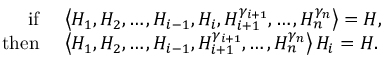
\begin{array} { r l } { \mathrm { i f ~ } } & { \left\langle H _ { 1 } , H _ { 2 } , \ldots , H _ { i - 1 } , H _ { i } , H _ { i + 1 } ^ { \gamma _ { i + 1 } } , \ldots , H _ { n } ^ { \gamma _ { n } } \right\rangle = H , } \\ { \mathrm { t h e n ~ } } & { \left\langle H _ { 1 } , H _ { 2 } , \ldots , H _ { i - 1 } , H _ { i + 1 } ^ { \gamma _ { i + 1 } } , \ldots , H _ { n } ^ { \gamma _ { n } } \right\rangle H _ { i } = H . } \end{array}